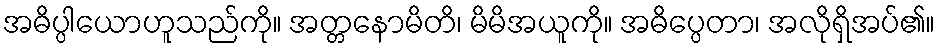
အဓိပ္ပါယောဟူသည်ကို။ အတ္တနောမိတိ၊ မိမိအယူကို။ အဓိပ္ပေတာ၊ အလိုရှိအပ်၏။